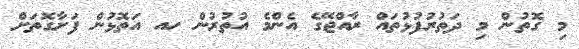
މި ގޮތުން މި ދަތުރުފުޅުތައް ރާއްޖޭގެ އެންމެ އުތުރުން ހއ އަތޮޅުން ފަށާގޮތަށް